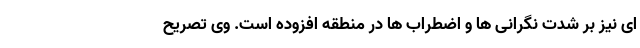
ای نیز بر شدت نگرانی ها و اضطراب ها در منطقه افزوده است. وی تصریح